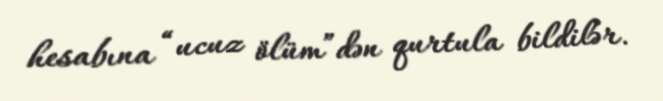
hesabına “ucuz ölüm”dən qurtula bildilər.